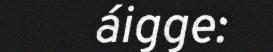
áigge: